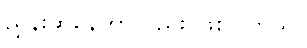
ညွှန်းဆိုနေတာလည်း ဖြစ်ပါတယ်။